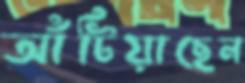
আঁটিয়াছেন